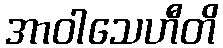
အာဝါသေဟီတိ